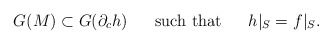
\begin{align*}G(M)\subset G(\partial_c h)\ \ \ \ \ \mathrm{such\ that}\ \ \ \ \ h|_S=f|_S.\end{align*}